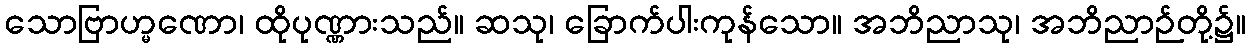
သောဗြာဟ္မဏော၊ ထိုပုဏ္ဏားသည်။ ဆသု၊ ခြောက်ပါးကုန်သော။ အဘိညာသု၊ အဘိညာဉ်တို့၌။